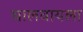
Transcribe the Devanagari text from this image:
घालवायला